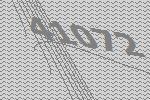
41072